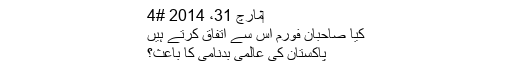
‏مارچ 31، 2014 #4
کیا صاحبان فورم اس سے اتفاق کرتے ہیں
پاکستان کی عالمی بدنامی کا باعث؟